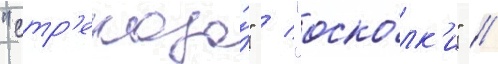
"стр'екоза́" / "оско́лк'и" //